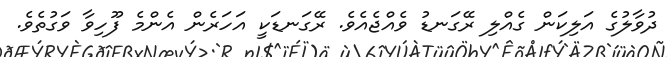
ދުވާލުގެ އަލިކަން ގެއްލި ރޭގަނޑު ވެއްޖެއެވެ. ރޭގަނޑަކީ އަހަރެން އެންމެ ފޫހިވާ ވަގުތެވެ.